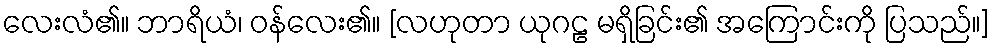
လေးလံ၏။ ဘာရိယံ၊ ဝန်လေး၏။ [လဟုတာ ယုဂဠ မရှိခြင်း၏ အကြောင်းကို ပြသည်။]